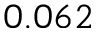
0 . 0 6 2